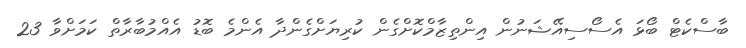
ބާސްކެޓް ބޯޅަ އެސޯސިއޭޝަނުން އިންތިޒާމްކޮށްގެން ކުރިޔަށްގެންދާ އެންމެ ބޮޑު އެއްމުބާރާތް ކަމަށްވާ 23